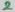
Text: 2